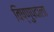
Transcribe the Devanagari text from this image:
विष्णुपदाला